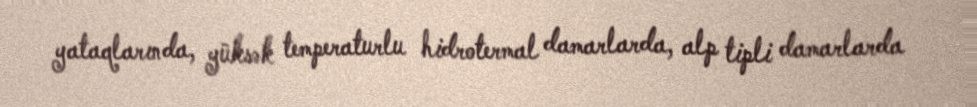
yataqlarında, yüksək temperaturlu hidrotermal damarlarda, alp tipli damarlarda